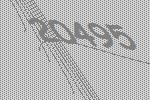
20495